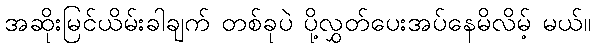
အဆိုးမြင်ယိမ်းခါချက် တစ်ခုပဲ ပို့လွှတ်ပေးအပ်နေမိလိမ့် မယ်။